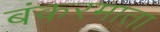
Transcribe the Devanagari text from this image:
बंकरमाता